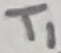
Text: T1